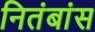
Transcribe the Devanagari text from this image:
नितंबांस